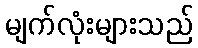
မျက်လုံးများသည်